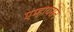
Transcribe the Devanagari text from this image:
एम्हायसन